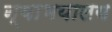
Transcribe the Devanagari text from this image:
न्याभयालय